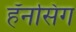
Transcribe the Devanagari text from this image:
हॅनसिंग